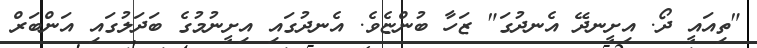
"ތިއައީ ދޯ. އިށީނދޭ އެނދުގަ" ޒަހާ ބުންޏެވެ. އެނދުގައި އިށީނުމުގެ ބަދަލުގައި އަންބަރް